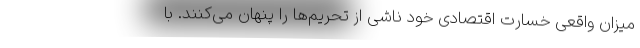
میزان واقعی خسارت اقتصادی خود ناشی از تحریم‌ها را پنهان می‌کنند. با